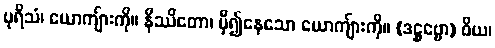
ပုရိသံ၊ ယောကျ်ားကို။ နိဿိတော၊ မှီ၍နေသော ယောကျ်ားကို။ (ဒဋ္ဌဗ္ဗော) ဝိယ၊